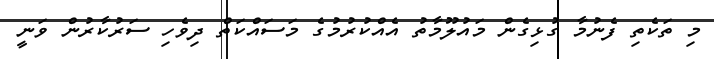
މި ތަކެތި ފެނުމާ ގުޅިގެން މައުލޫމާތު އެއްކުރުމުގެ މަސައްކަތް ދިވެހި ސަރުކާރުން ވަނީ